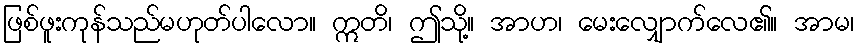
ဖြစ်ဖူးကုန်သည်မဟုတ်ပါလော။ ဣတိ၊ ဤသို့။ အာဟ၊ မေးလျှောက်လေ၏။ အာမ၊